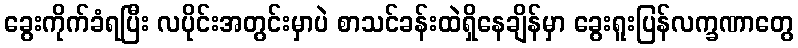
ခွေးကိုက်ခံရပြီး လပိုင်းအတွင်းမှာပဲ စာသင်ခန်းထဲရှိနေချိန်မှာ ခွေးရူးပြန်လက္ခဏာတွေ